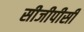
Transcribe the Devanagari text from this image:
सीजीपीसी